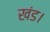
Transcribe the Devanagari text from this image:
खंड।